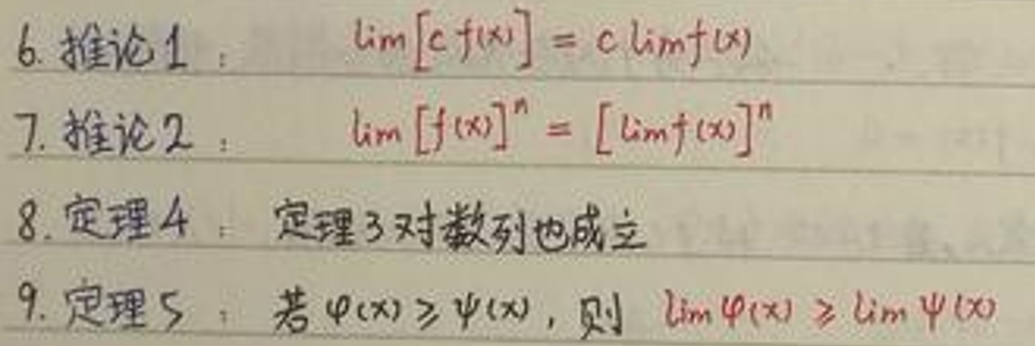
6. 推论 1：\(\lim [c f(x)] = c\lim f(x)\)
7. 推论 2：\(\lim [f(x)]^n = [\lim f(x)]^n\)
8. 定理 4：定理 3 对数列也成立
9. 定理 5：若\(\varphi(x)\geq\psi(x)\)，则\(\lim\varphi(x)\geq\lim\psi(x)\)